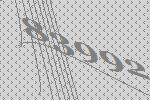
83992